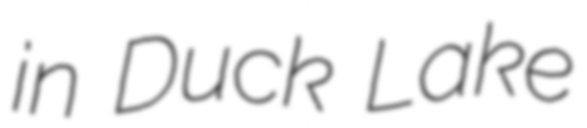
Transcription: in Duck Lake